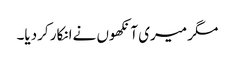
مگر میری آنکھوں نےانکار کردیا۔